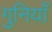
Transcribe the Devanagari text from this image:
गुनियाँ